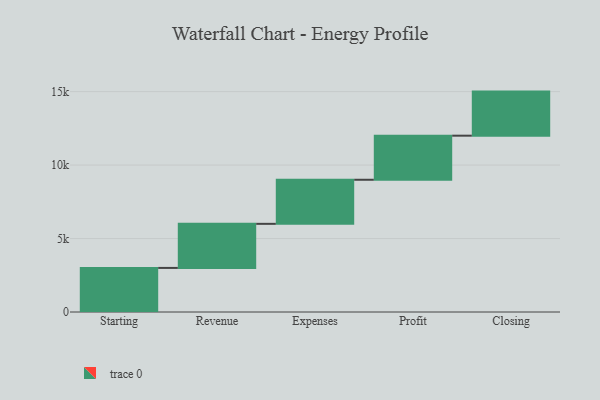
{"axis": {"x": "Step", "y": "Value"}, "legend": [""], "data": [{"x": "Starting", "y": 3000, "type": ""}, {"x": "Revenue", "y": 3000, "type": ""}, {"x": "Expenses", "y": 3000, "type": ""}, {"x": "Profit", "y": 3000, "type": ""}, {"x": "Closing", "y": 3000, "type": ""}]}